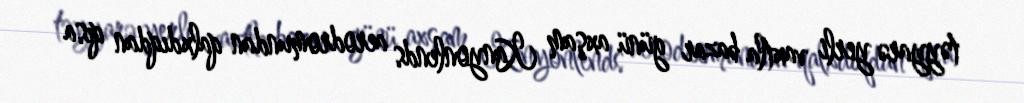
təyyarə yerli vaxtla bazar günü axşam Kanyonlends aerodromundan qalxdıqdan qısa